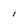
Character: l